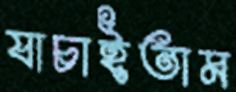
যাচাইতাম